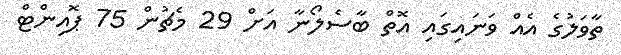
ތާވަލުގެ އެއް ވަނައިގައި އޮތް ބާސެލޯނާ އަށް 29 މެޗުން 75 ޕޮއިންޓް